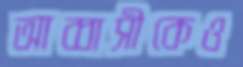
আব্বাসীকেও